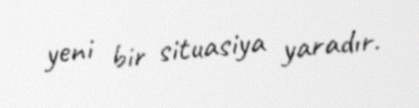
yeni bir situasiya yaradır.